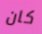
كان